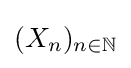
(X_{n})_{n\in \mathbb {N} }